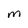
Character: m